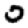
Digit: 0